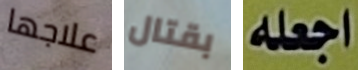
علاجها بقتال اجعله